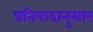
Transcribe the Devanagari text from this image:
प्रतिवादानुसार